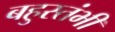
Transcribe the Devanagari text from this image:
बहुस्तंभी